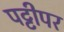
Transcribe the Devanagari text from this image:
पट्टीपर